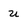
Character: u